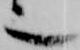
也